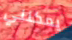
يمكنني